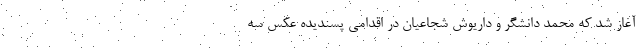
آغاز شد که محمد دانشگر و داریوش شجاعیان در اقدامی پسندیده عکس سه